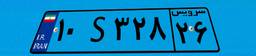
۱۰S۳۲۸۲۶